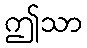
ဤသာ